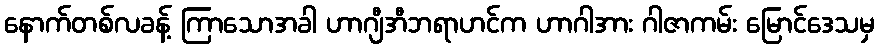
နောက်တစ်လခန့် ကြာသောအခါ ဟာဂျီအီဘရာဟင်က ဟာဂါအား ဂါဇာကမ်း မြောင်ဒေသမှ